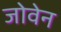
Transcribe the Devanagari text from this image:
जोवेन